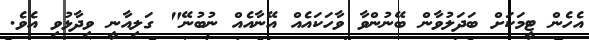
އެހެން ޓީމަކަށް ބަދަލުވާން ބޭނުންވާ ވާހަކައެއް އޭނާއެއް ނުބުނޭ" ގަލިއާނީ ވިދާޅުވި އެވެ.